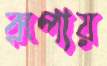
রূপায়